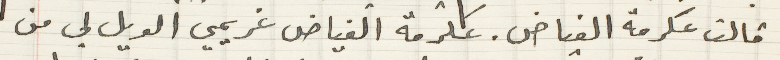
قالت عكرمة الفياض. عكرمة الفياض غريمي الويل لي من